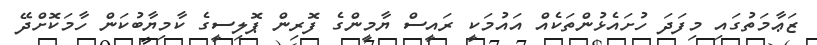
ޒަޢާމަތުގައި މިފަދަ ހުށައެޅުންތަކެއް އައުމަކީ ރައީސް ޔާމީންގެ ފޮރިން ޕޮލިސީގެ ކާމިޔާބުކަން ހާމަކޮށްދޭ